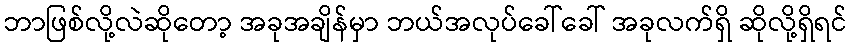
ဘာဖြစ်လို့လဲဆိုတော့ အခုအချိန်မှာ ဘယ်အလုပ်ခေါ်ခေါ် အခုလက်ရှိ ဆိုလို့ရှိရင်